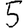
Digit: 5